Specificity of antivenomous sera (second communication) - Number 10
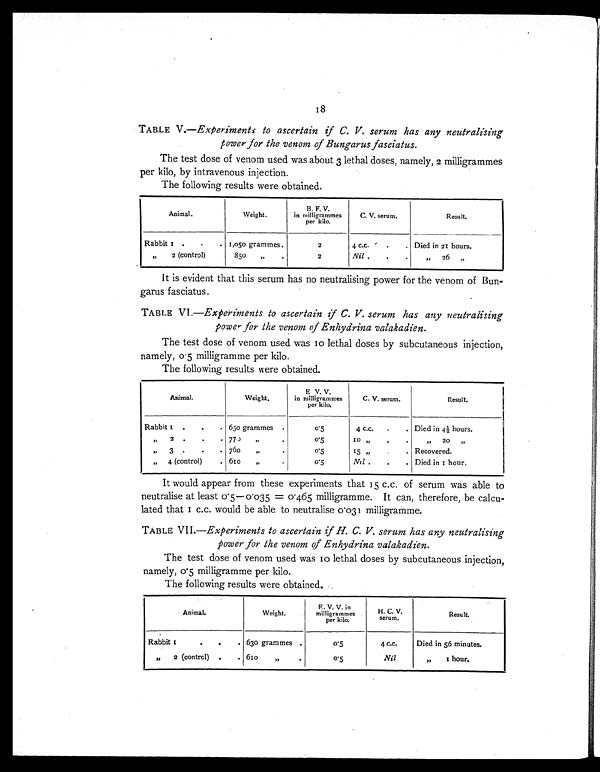
18
TABLE V.—Experiments to ascertain if C. V. serum has any neutralising
Power for the venom of Bungarus fasciatus.
The test dose of venom used was about 3 lethal doses, namely, 2 milligrammes
per kilo, by intravenous injection.
The following results were obtained.
Animal.
Weight.
B. F. V.
in milligrammes
per kilo.
C. V. serum.
Result.
Rabbit 1 .
.
. 1,050 grammes .
2
4 c.c.
.
. Died in 21 hours.
„
2 (control)
850
„
.
2
Nil .
.
.
"
26
„
It is evident that this serum has no neutralising power for the venom of Bun--
garus fasciatus.
TABLE VI.—Experiments to ascertain V C. V. serum has any neutralising
power for the venom of Enhydrina valakadien.
The test dose of venom used was to lethal doses by subcutaneous injection,
namely, 0.5 milligramme per kilo.
The following results were obtained.
Animal.
Weight,
E V. V.
in milligrammes
per kilo.
C. V. serum.
Result.
Rabbit 1 .
.
. 650 grammes .
0 . 5
4 c.c.
.
. Died in 4½ hours.
"
2
.
.
.
770
,,
.
0 . 5
10 „
.
.
„
2 0
„
,,
3
.
.
. 760
„
.
0.5
15 ,,
.
. Recovered.
" 4 (control)
. 610
„
.
0 . 5
Nil.
.
.
Died in 1 hour.
It would appear from these experiments that 15 c.c. of serum was able to
neutralise at least 0.5–0.035 = 0.4.65 milligramme. It can, therefore, be calcu--
l a t e d t h a t 1 c . c . wo u l d b e a b l e t o n e u t r a l i s e 0 . 0 3 1 mi l l i g r a mme .
TABLE VII.—Experiments to ascertain if H. C. V. serum has any neutralising
power for the venom of Enhydrina valakadien.
The test dose of venom used was 10 lethal doses by subcutaneous injection,
namely, 0.5 milligramme per kilo.
The following results were obtained.
Animal.
Weight.
E. V. V. in
milligrammes
per kilo.
H. C. V.
serum.
Result.
Rabbit 1
.
.
. 630 grammes .
0.5
4 c.c.
Died in 56 minutes.
„
2 (control) .
. 610
"
.
0.5
Nil
"
1 hour.